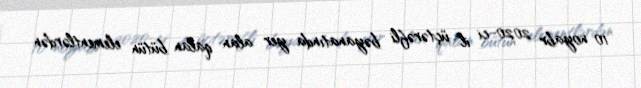
10 noyabr 2020-ci il üçtərəfli bəyanatında yer alan qalan bütün elementlərdən